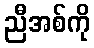
ညီအစ်ကို